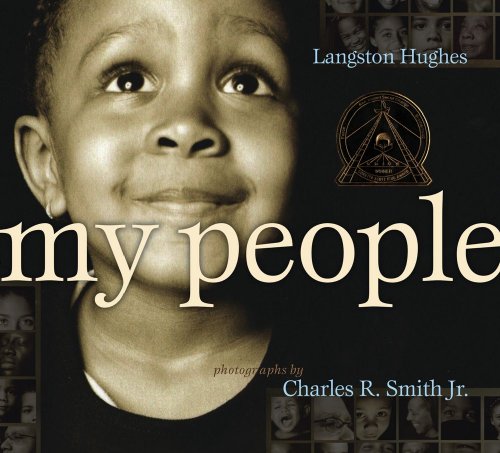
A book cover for My People (Coretta Scott King Award - Illustrator Winner Title(s)); Langston Hughes; Children's Books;